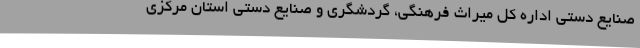
صنایع دستی اداره کل میراث فرهنگی، گردشگری و صنایع دستی استان مرکزی